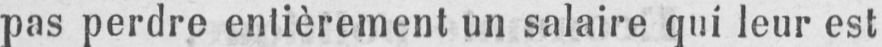
pas perdre entièrement un salaire qui leur est